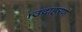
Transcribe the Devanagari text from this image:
।उदाहरण